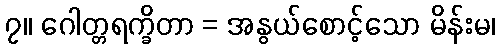
၇။ ဂေါတ္တရက္ခိတာ = အနွယ်စောင့်သော မိန်းမ၊